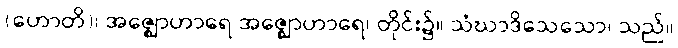
(ဟောတိ)၊ အဇ္ဈောဟာရေ အဇ္ဈောဟာရေ၊ တိုင်း၌။ သံဃာဒိသေသော၊ သည်။